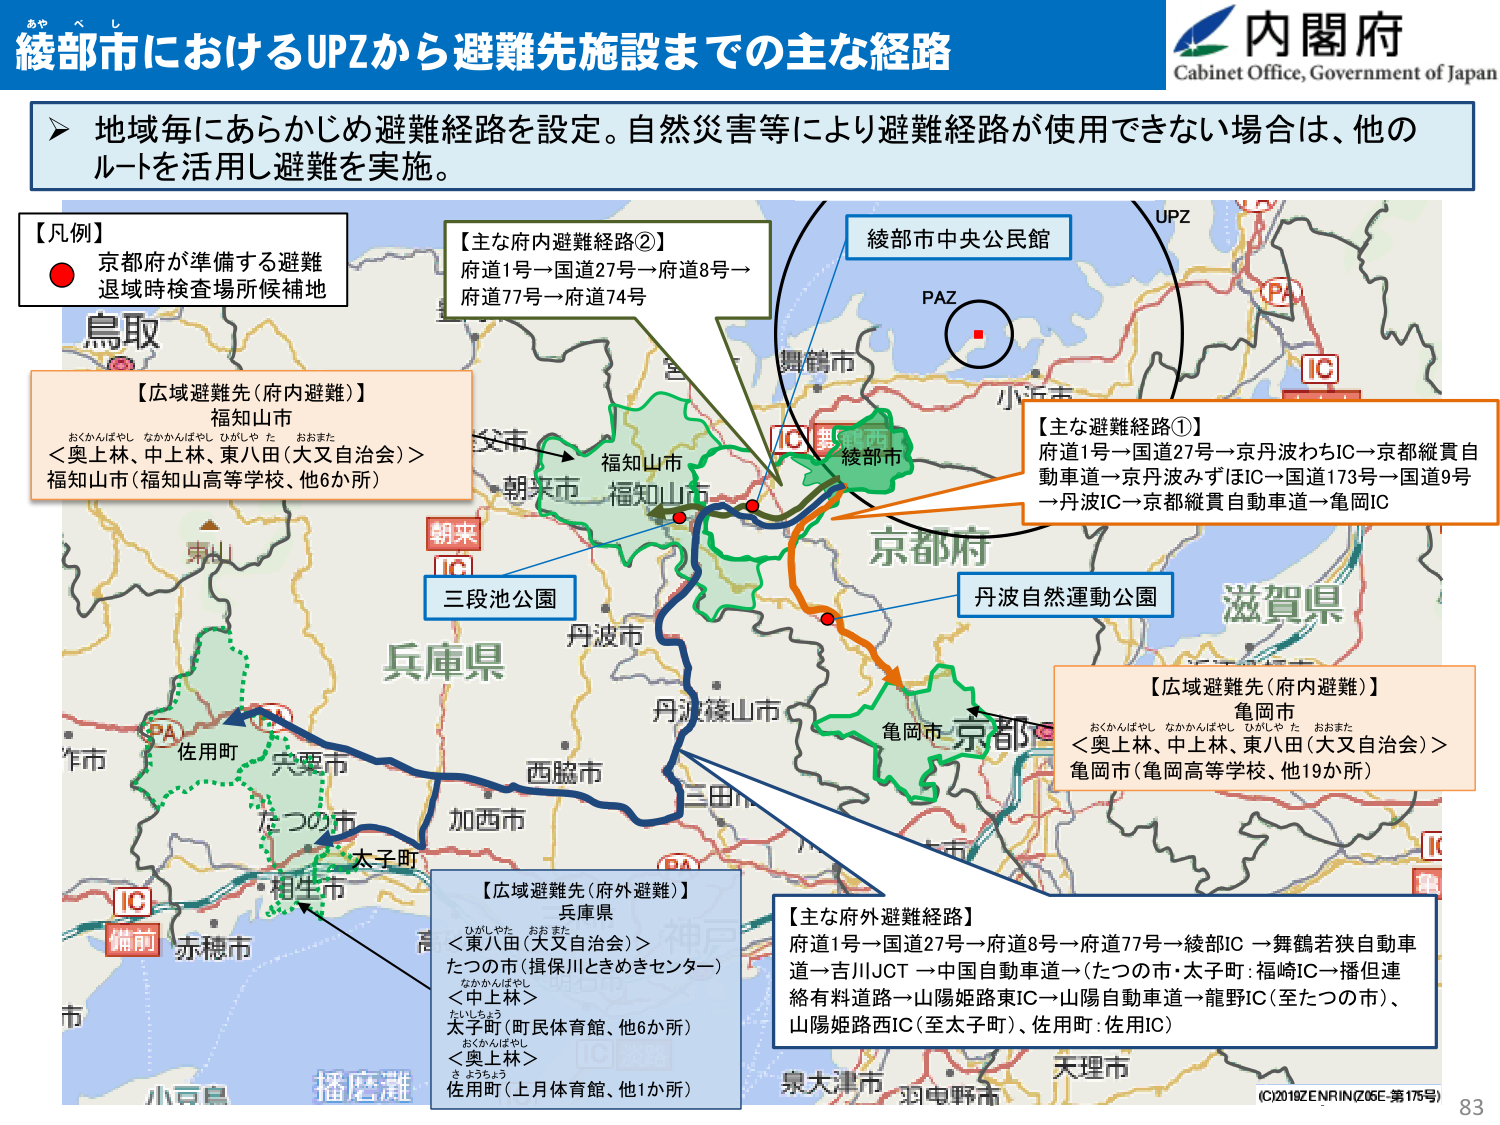
綾部市におけるUPZから避難先施設までの主な経路
内閣府
Cabinet Office, Government of Japan

地域毎にあらかじめ避難経路を設定。自然災害等により避難経路が使用できない場合は、他のルートを活用し避難を実施。

【凡例】
京都府が準備する避難
退域時検査場所候補地

【広域避難先（府内避難）】
福知山市
＜奥上林、中上林、東八田（大又自治会）＞
福知山市（福知山高等学校、他6か所）

【主な府内避難経路②】
府道1号→国道27号→府道8号→
府道77号→府道74号

【主な避難経路①】
府道1号→国道27号→京丹波わちIC→京都縦貫自動車道→京丹波みずほIC→国道173号→国道9号→丹波IC→京都縦貫自動車道→亀岡IC

【広域避難先（府内避難）】
亀岡市
＜奥上林、中上林、東八田（大又自治会）＞
亀岡市（亀岡高等学校、他19か所）

【広域避難先（府外避難）】
兵庫県
＜東八田（大又自治会）＞
たつの市（揖保川ときめきセンター）
＜中上林＞
太子町（町民体育館、他6か所）
＜奥上林＞
佐用町（上月体育館、他1か所）

【主な府外避難経路】
府道1号→国道27号→府道8号→府道77号→綾部IC→舞鶴若狭自動車道→吉川JCT→中国自動車道→（たつの市・太子町：福崎IC→播但連絡有料道路→山陽姫路東IC→山陽自動車道→龍野IC（至たつの市）、山陽姫路西IC（至太子町）、佐用町：佐用IC）

綾部市中央公民館
PAZ
UPZ
PA
IC
丹波自然運動公園
三段池公園
朝来
IC
鳥取
福知山市
朝来市
丹波市
丹波篠山市
亀岡市
京都府
滋賀県
兵庫県
佐用町
宍粟市
たつの市
太子町
相生市
赤穂市
播磨灘
小豆島
泉大津市
羽曳野市
天理市
（C）2019ZENRIN（Z05E-第175号）
83